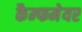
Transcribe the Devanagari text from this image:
कैम्फमेयर